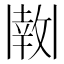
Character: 𫡊